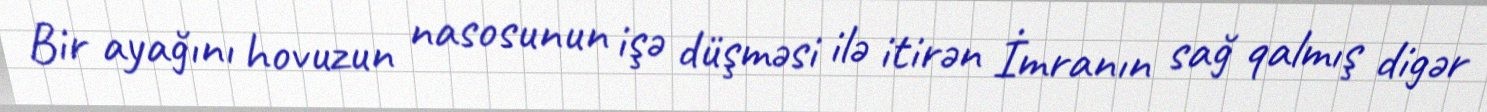
Bir ayağını hovuzun nasosunun işə düşməsi ilə itirən İmranın sağ qalmış digər